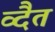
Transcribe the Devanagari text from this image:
व्दैत